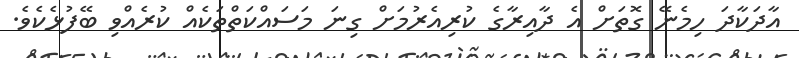
އާދަކާދަ ހިމެނޭ ގޮތަށް އެ ދާއިރާގެ ކުރިއެރުމަށް ގިނަ މަސައްކަތްތަކެއް ކުރެއްވި ބޭފުޅެކެވެ.